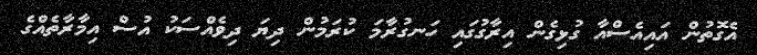
އެގޮތުން އައިއެސްއާ ގުޅިގެން އިރާގުގައި ހަނގުރާމަ ކުރަމުން ދިޔަ ދިވެއްސަކު އުސް އިމާރާތެއްގެ